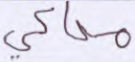
محاكى